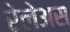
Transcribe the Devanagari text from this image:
रेलेअस